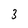
Character: 3